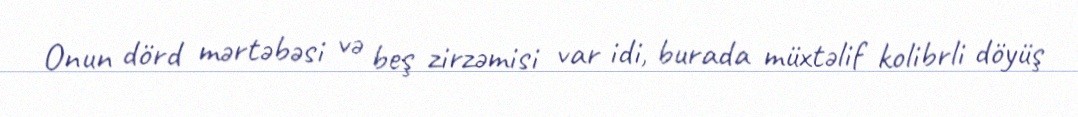
Onun dörd mərtəbəsi və beş zirzəmisi var idi, burada müxtəlif kolibrli döyüş